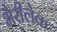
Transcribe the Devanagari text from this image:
भैरीलेक